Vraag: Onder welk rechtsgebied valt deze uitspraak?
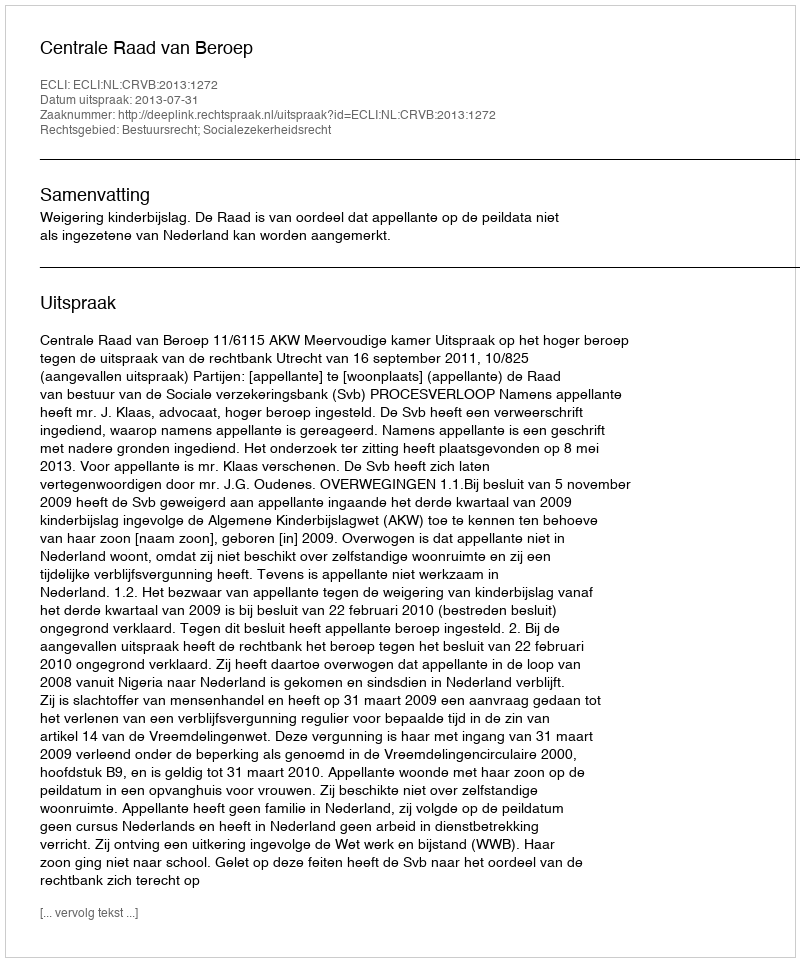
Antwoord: Bestuursrecht; Socialezekerheidsrecht